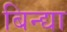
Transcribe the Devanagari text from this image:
बिन्द्या